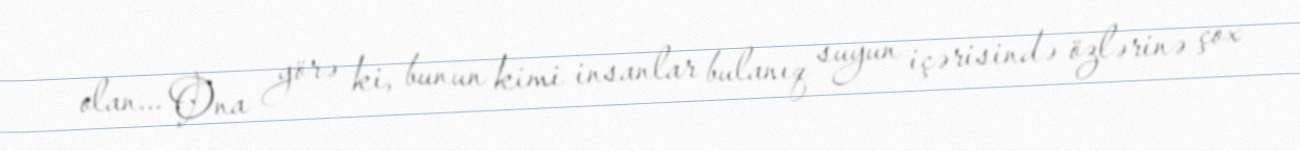
olan... Ona görə ki, bunun kimi insanlar bulanıq suyun içərisində özlərinə çox